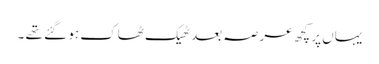
یہاں پر کچھ عرصہ بعد ٹھیک ٹھاک ہو گئے تھے ۔